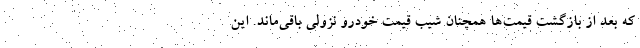
که بعد از بازگشت قیمت‌ها همچنان شیب قیمت خودرو نزولی باقی‌ماند. این